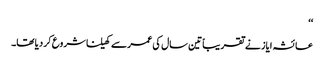
‘‘
عائشہ ایاز نے تقریباً تین سال کی عمرسے کھیلنا شروع کر دیا تھا۔